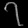
Digit: ၇